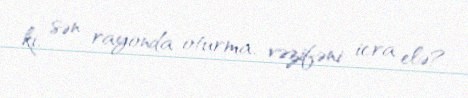
ki, sən rayonda oturma, vəzifəni icra elə?.